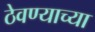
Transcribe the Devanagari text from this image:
ठेवण्‍याच्‍या